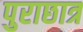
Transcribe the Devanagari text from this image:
पुराछात्र